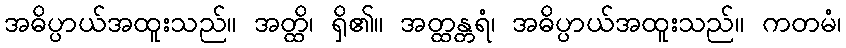
အဓိပ္ပာယ်အထူးသည်။ အတ္ထိ၊ ရှိ၏။ အတ္ထန္တရံ၊ အဓိပ္ပာယ်အထူးသည်။ ကတမံ၊